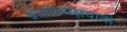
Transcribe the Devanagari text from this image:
बाह्यप्रत्यक्षवादी